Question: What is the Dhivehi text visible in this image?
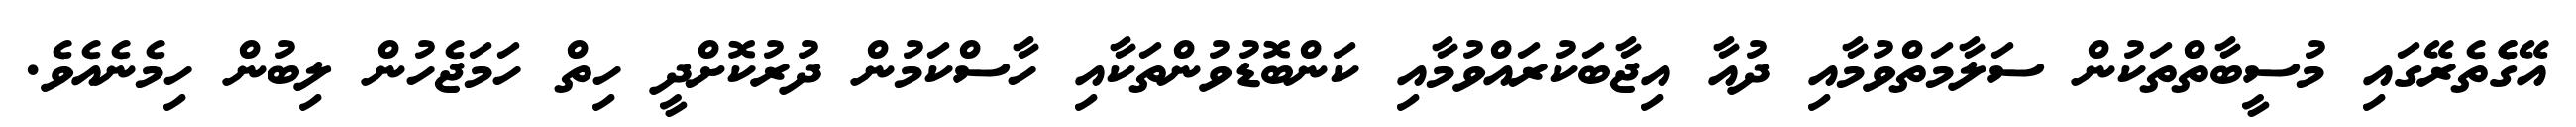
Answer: އޭގެެތެރޭގައި މުސީބާތްތަކުން ސަލާމަތްވުމާއި ދުއާ އިޖާބަކުރައްވުމާއި ކަންބޮޑުވުންތަކާއި ހާސްކަމުން ދުރުކޮށްދީ ހިތް ހަމަޖެހުން ލިބުން ހިމެނެއެވެ.